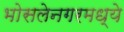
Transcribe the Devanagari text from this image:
भोसलेनगरमध्ये